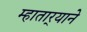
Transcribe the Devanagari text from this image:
म्हातार्‍याने